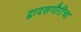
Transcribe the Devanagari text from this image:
द्वादशगौरींचा